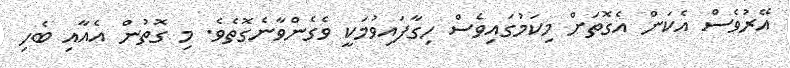
އޭރުވެސް އެކަން އެގޮތަށް މިކަމުގައިވެސް ހިގާފައިވުމަކީ ވެގެންވާނެގޮތެވެ. މި ގޮތުން އެއާއި ބެހި